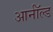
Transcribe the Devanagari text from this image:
आर्नाॅल्ड